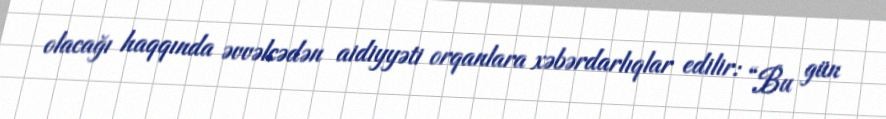
olacağı haqqında əvvəlcədən aidiyyəti orqanlara xəbərdarlıqlar edilir: “Bu gün